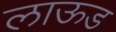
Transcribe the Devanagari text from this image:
लाऊड